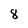
Character: 8